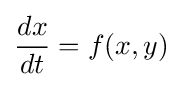
{\frac {dx}{dt}}=f(x,y)